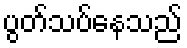
ပွတ်သပ်နေသည်